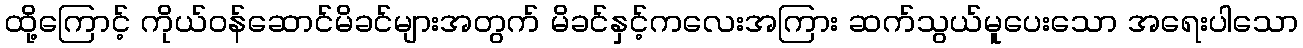
ထို့ကြောင့် ကိုယ်ဝန်ဆောင်မိခင်များအတွက် မိခင်နှင့်ကလေးအကြား ဆက်သွယ်မူပေးသော အရေးပါသော